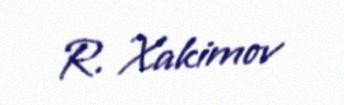
R. Xakimov